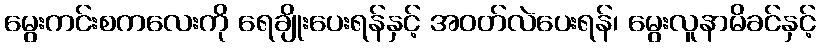
မွေးကင်းစကလေးကို ရေချိုးပေးရန်နှင့် အဝတ်လဲပေးရန်၊ မွေးလူနာမိခင်နှင့်